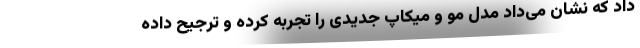
داد که نشان می‌داد مدل مو و میکاپ جدیدی را تجربه کرده و ترجیح داده